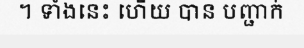
។ ទាំងនេះ ហើយ បាន បញ្ជាក់